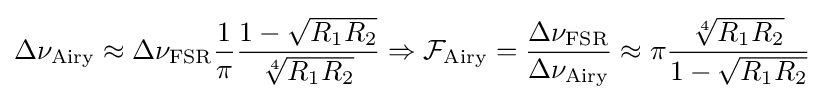
\Delta \nu _{\rm {Airy}}\approx \Delta \nu _{\rm {FSR}}{\frac {1}{\pi }}{\frac {1-{\sqrt {R_{1}R_{2}}}}{\sqrt[{4}]{R_{1}R_{2}}}}\Rightarrow {\mathcal {F}}_{\rm {Airy}}={\frac {\Delta \nu _{\rm {FSR}}}{\Delta \nu _{\rm {Airy}}}}\approx \pi {\frac {\sqrt[{4}]{R_{1}R_{2}}}{1-{\sqrt {R_{1}R_{2}}}}}